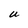
Character: U